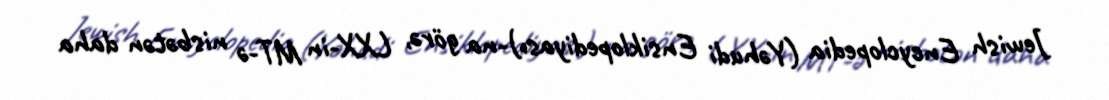
Jewish Encyclopedia (Yəhudi Ensiklopediyası)-na görə, LXX-in MT-ə nisbətən daha